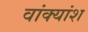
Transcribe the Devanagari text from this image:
वांक्यांश